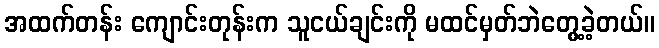
အထက်တန်း ကျောင်းတုန်းက သူငယ်ချင်းကို မထင်မှတ်ဘဲတွေ့ခဲ့တယ်။